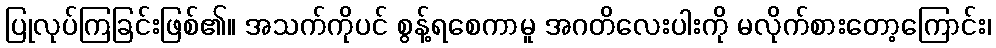
ပြုလုပ်ကြခြင်းဖြစ်၏။ အသက်ကိုပင် စွန့်ရစေကာမူ အဂတိလေးပါးကို မလိုက်စားတော့ကြောင်း၊